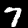
Digit: 7